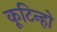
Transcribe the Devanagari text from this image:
कूटिन्हो